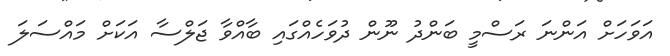
އަވަހަށް އަންނަ ރަސްމީ ބަންދު ނޫން ދުވަހެއްގައި ބާއްވާ ޖަލްސާ އަކަށް މައްސަލަ